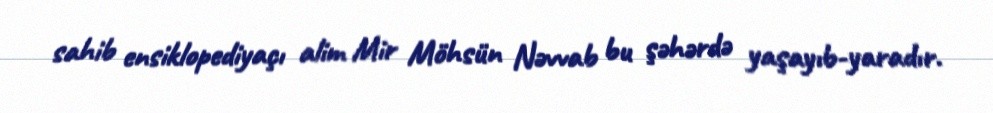
sahib ensiklopediyaçı alim Mir Möhsün Nəvvab bu şəhərdə yaşayıb-yaradır.